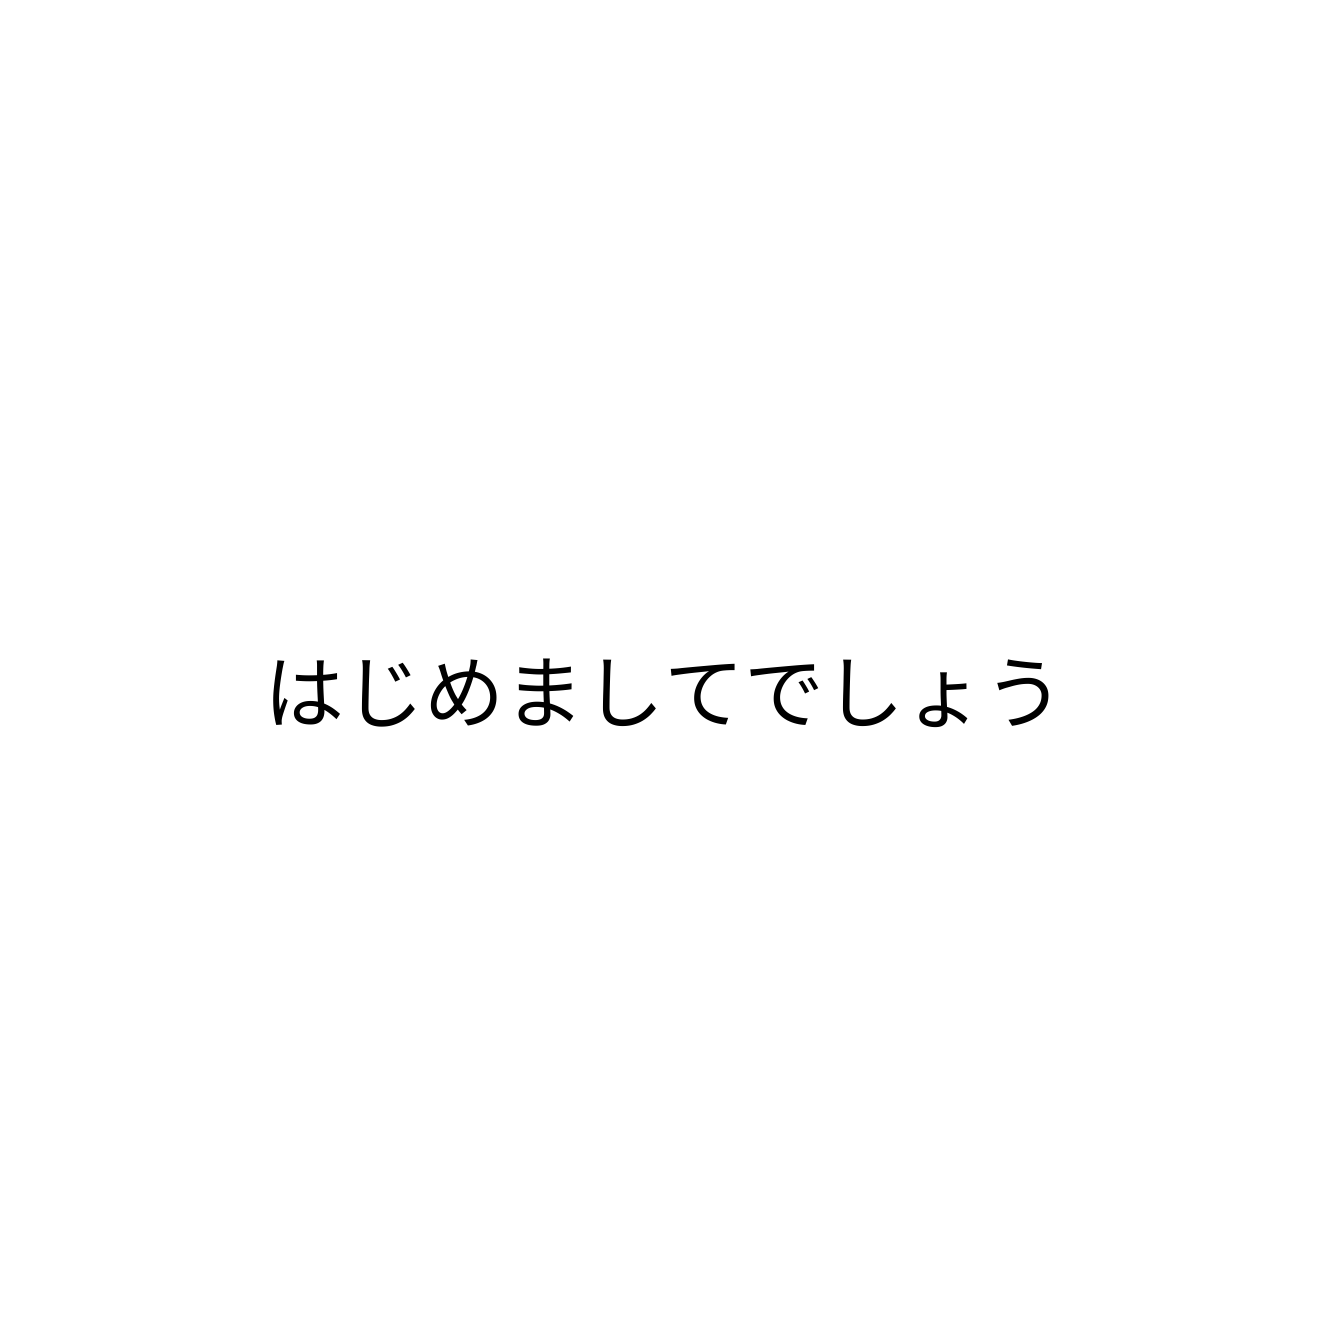
はじめましてでしょう